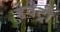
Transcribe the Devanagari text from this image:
डेवेट्री